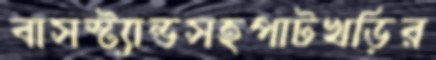
বাসস্ট্যান্ডসহপাটখড়ির